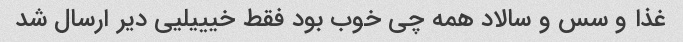
غذا و سس و سالاد همه چی خوب بود فقط خیییلیی دیر ارسال شد